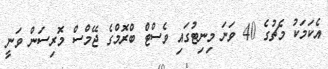
އެކަމަކު މެޗުގެ 40 ވަނަ މިނިޓުގައި ވެސްޓް ބްރޮމްގެ ޖޭމްސް މޮރިސަން ވަނީ